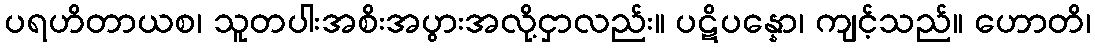
ပရဟိတာယစ၊ သူတပါးအစိးအပွားအလို့ငှာလည်း။ ပဋိပန္နော၊ ကျင့်သည်။ ဟောတိ၊